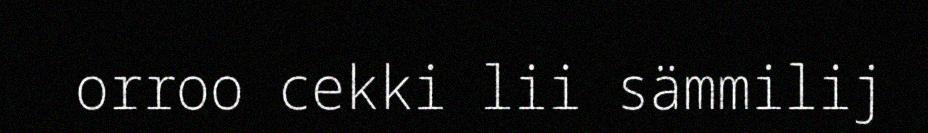
orroo cekki lii sämmilij